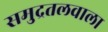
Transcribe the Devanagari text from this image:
समुद्रतलवाला